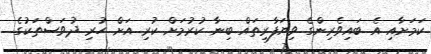
ކަމަށާއި އެ ބައިވެރިންގެ ވިޔަފާރިތައް ބިނާ ކުރުމަށް ކުރި އަށް ހުރި ދުވަސްތަކުގެ